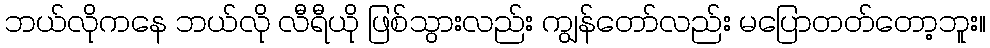
ဘယ်လိုကနေ ဘယ်လို လီရီယို ဖြစ်သွားလည်း ကျွန်တော်လည်း မပြောတတ်တော့ဘူး။